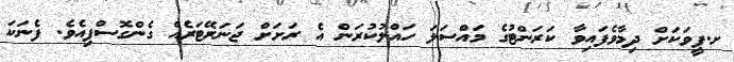
ށ.ފީވަކަށް ދިމާވެފައިވާ ކަރަންޓުގެ މައްސަލަ ހައްލުކުރަން އެ ރަށަށް ޖަނަރޭޓަރެއް ގެންގޮސްފިއެވެ. ފެނަކަ